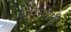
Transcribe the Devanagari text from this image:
जिरसिमी